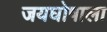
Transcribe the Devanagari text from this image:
जयघोषाला